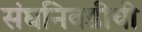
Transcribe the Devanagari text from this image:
संघनिवडीची